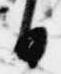
日